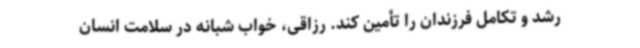
رشد و تکامل فرزندان را تأمین کند. رزاقی، خواب شبانه در سلامت انسان